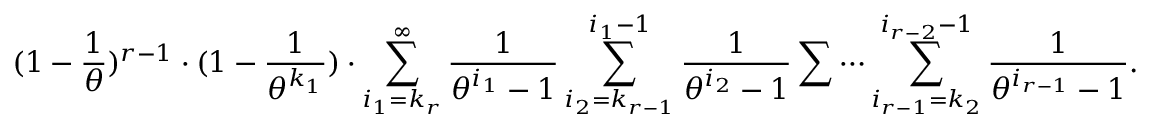
( 1 - \frac { 1 } { \theta } ) ^ { r - 1 } \cdot ( 1 - \frac { 1 } { \theta ^ { k _ { 1 } } } ) \cdot \sum _ { i _ { 1 } = k _ { r } } ^ { \infty } \frac { 1 } { \theta ^ { i _ { 1 } } - 1 } \sum _ { i _ { 2 } = k _ { r - 1 } } ^ { i _ { 1 } - 1 } \frac { 1 } { \theta ^ { i _ { 2 } } - 1 } \sum \cdots \sum _ { i _ { r - 1 } = k _ { 2 } } ^ { i _ { r - 2 } - 1 } \frac { 1 } { \theta ^ { i _ { r - 1 } } - 1 } .